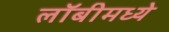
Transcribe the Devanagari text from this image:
लॉबीमध्ये